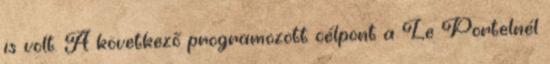
is volt. A következő programozott célpont a Le Portelnél